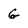
Character: G